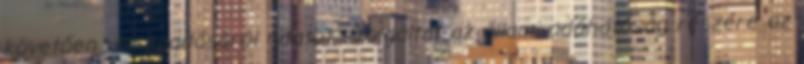
követően visszaadásáról adatot szolgáltat az állami adóhatóság részére az